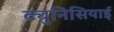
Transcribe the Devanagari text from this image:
ट्युनिसियाई